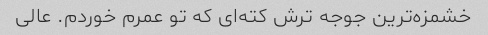
خشمزه‌ترین جوجه ترش کته‌ای که تو عمرم خوردم. عالی